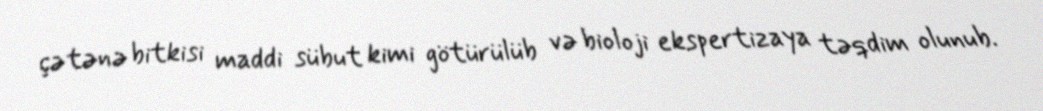
çətənə bitkisi maddi sübut kimi götürülüb və bioloji ekspertizaya təqdim olunub.